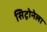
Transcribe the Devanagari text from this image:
सिट्रोनेला